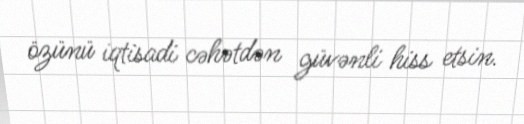
özünü iqtisadi cəhətdən güvənli hiss etsin.